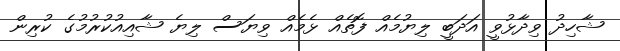
ޝާހިދު ވިދާޅުވީ އަދަބީ ލިޔުމެއް ފޮތެއް ޅެމެއް ވިޔަސް ލިޔެ ޝާއިއުކުރުމުގެ ކުރިން